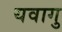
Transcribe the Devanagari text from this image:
यवागु